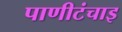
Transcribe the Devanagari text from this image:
पाणीटंचाइ